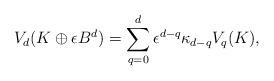
LaTeX: \begin{align*}V_d(K\oplus \epsilon B^d)=\sum\limits_{q=0}^d \epsilon^{d-q}\kappa_{d-q}V_q(K),\end{align*}